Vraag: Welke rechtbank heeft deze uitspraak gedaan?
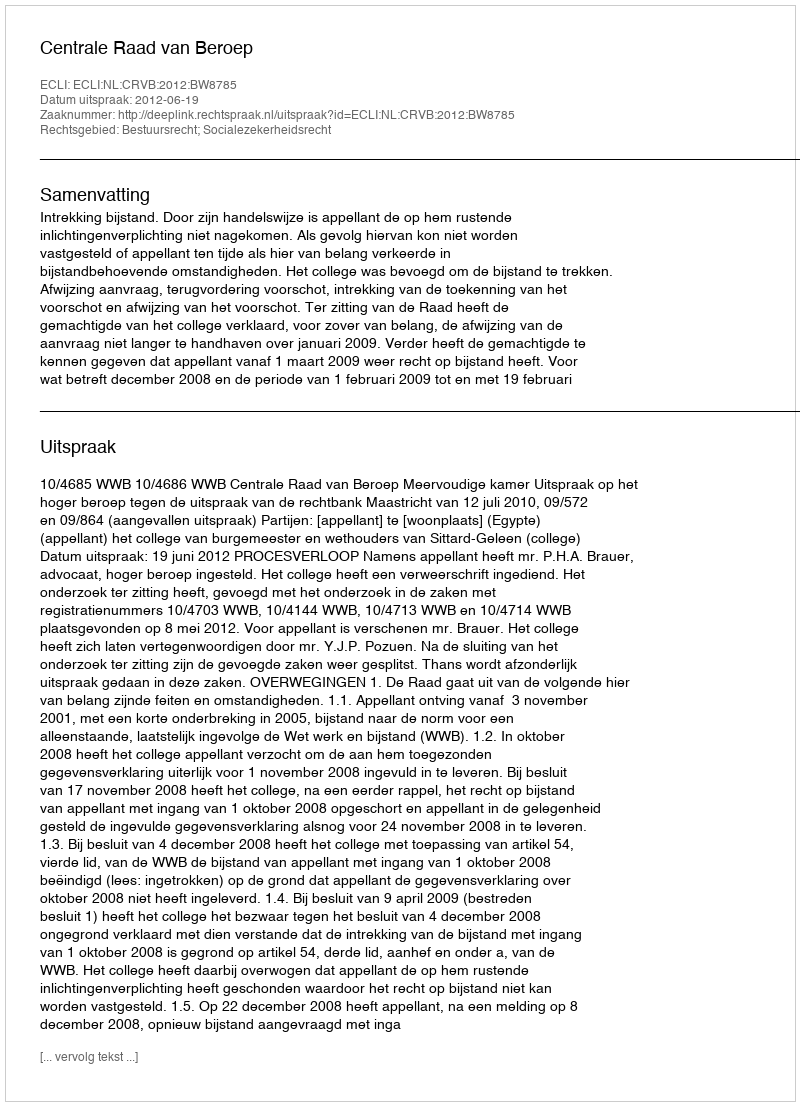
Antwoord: Centrale Raad van Beroep